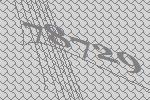
78729